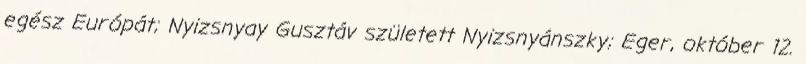
egész Európát; Nyizsnyay Gusztáv született Nyizsnyánszky; Eger, október 12.